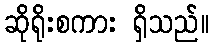
ဆိုရိုးစကား ရှိသည်။